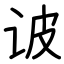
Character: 诐